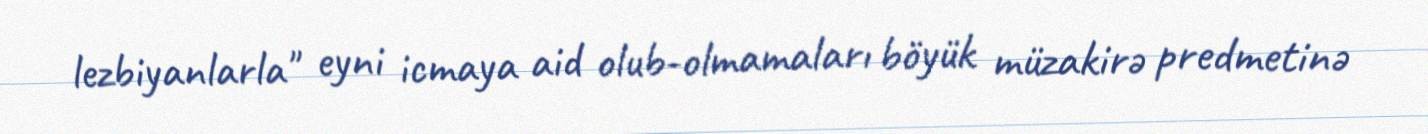
lezbiyanlarla" eyni icmaya aid olub-olmamaları böyük müzakirə predmetinə